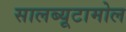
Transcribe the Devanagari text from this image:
सालब्यूटामोल